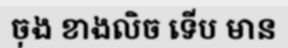
ចុង ខាងលិច ទើប មាន